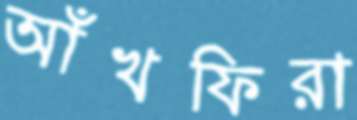
আঁখফিরা